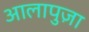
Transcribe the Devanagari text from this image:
आलापुज़ा